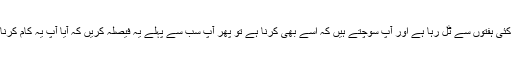
فرض کیجے کوئی کام کئی ہفتوں سے ٹل رہا ہے اور آپ سوچتے ہیں کہ اسے بھی کرنا ہے تو پھر آپ سب سے پہلے یہ فیصلہ کریں کہ آیا آپ یہ کام کرنا بھی چاہتے ہیں یا نہیں۔